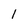
Character: 1